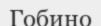
Гобино